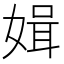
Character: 𱙝